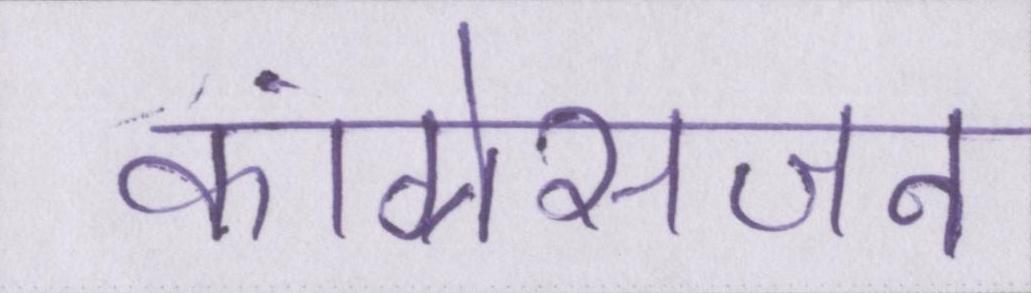
कांग्रेसजन